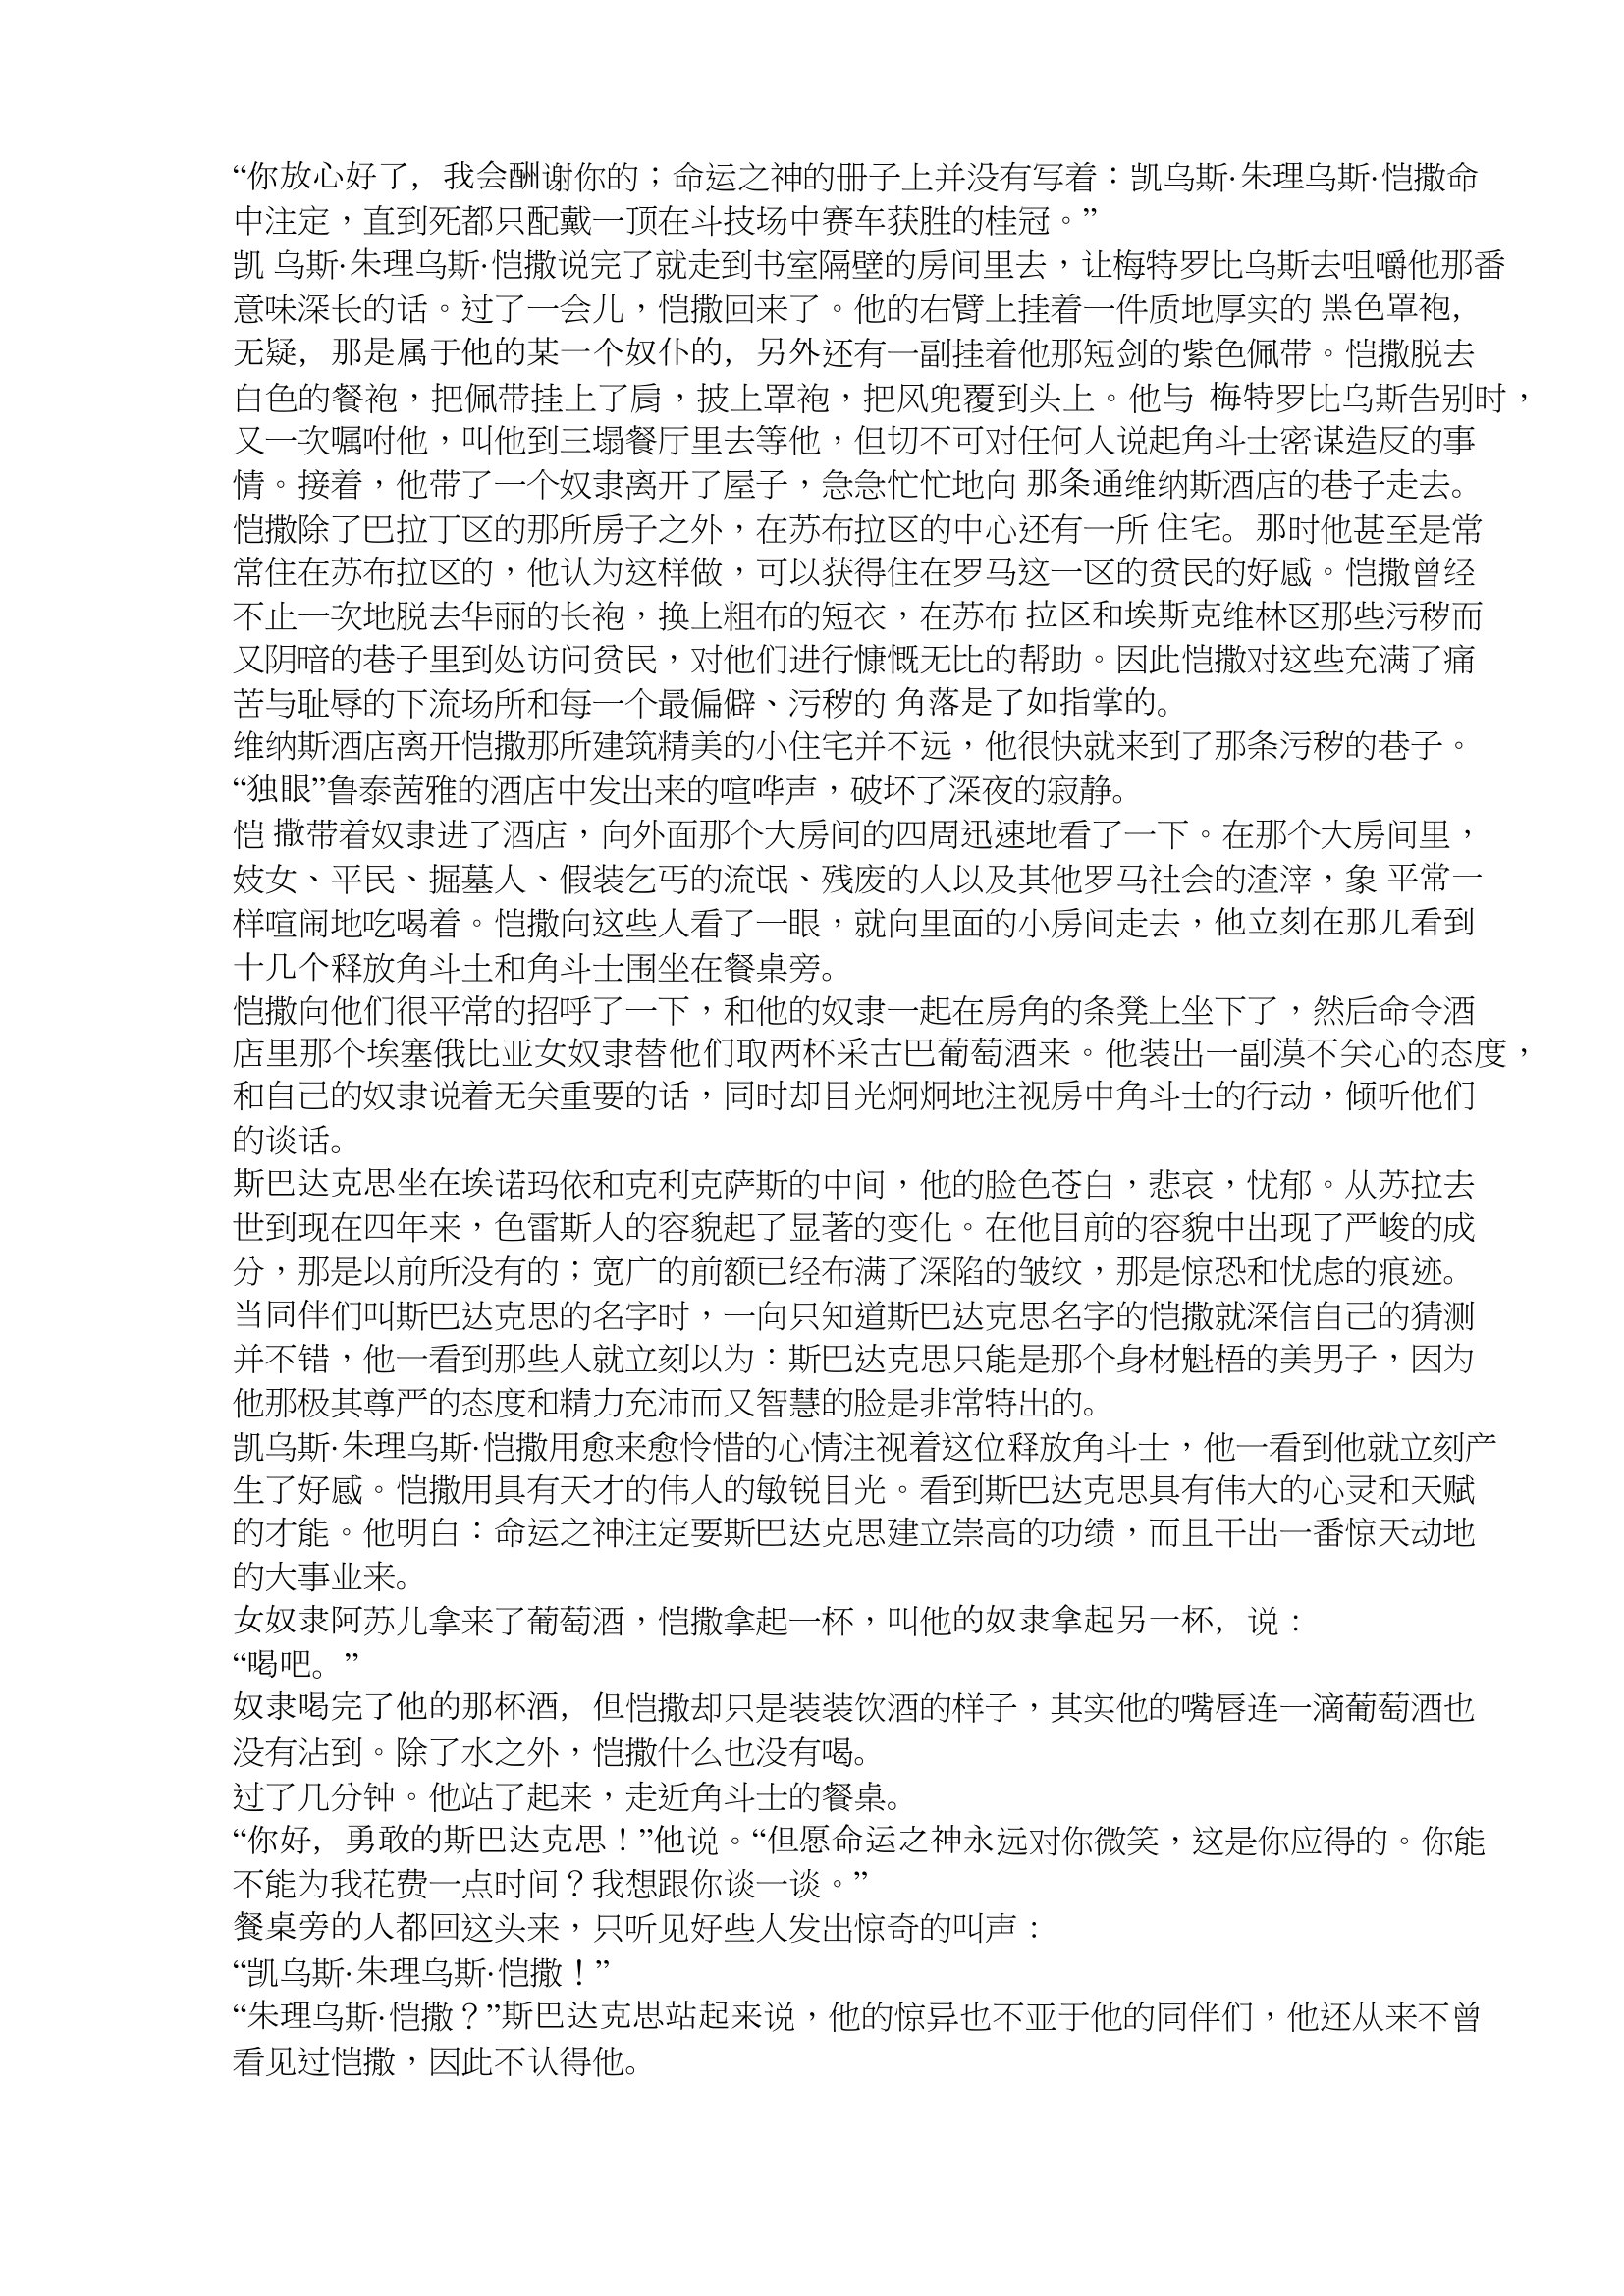
Language: zh